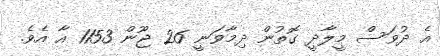
އެ ދުވަސް މީލާދީ ގޮތުން ދިމާވަނީ 26 ޖޫން 1153 އާ އެވެ.